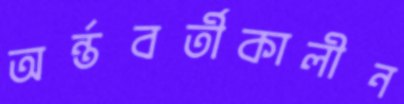
অর্ন্তবর্তীকালীন